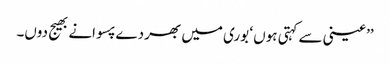
’’عینی سے کہتی ہوں ‘ بوری میں بھر دے پسوانے بھیج دوں۔